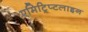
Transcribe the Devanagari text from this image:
एमिट्रिप्टलाइन